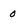
Character: 0